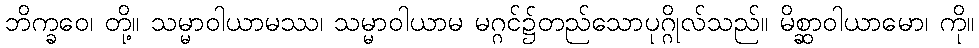
ဘိက္ခဝေ၊ တို့။ သမ္မာဝါယာမဿ၊ သမ္မာဝါယာမ မဂ္ဂင်၌တည်သောပုဂ္ဂိုလ်သည်။ မိစ္ဆာဝါယာမော၊ ကို။